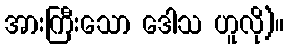
အားကြီးသော ဒေါသ ဟူလို)။